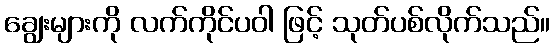
ချွေးများကို လက်ကိုင်ပဝါ ဖြင့် သုတ်ပစ်လိုက်သည်။